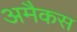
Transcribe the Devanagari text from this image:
अमैकस